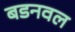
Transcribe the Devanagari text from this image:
बडनवल